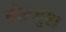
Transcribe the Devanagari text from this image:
बोल्मुश